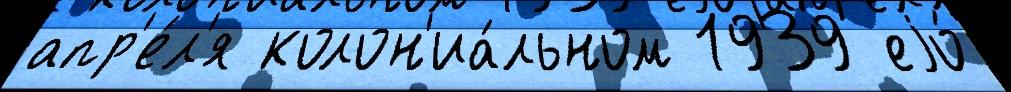
апр'е́л'я колон'иа́льном 1939 еjо́